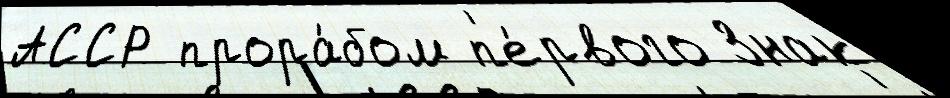
АССР прора́бом п'е́рвого Знак